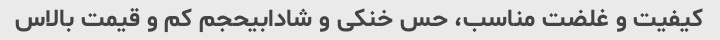
کیفیت و غلضت مناسب، حس خنکی و شادابیحجم کم و قیمت بالاس